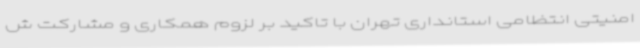
امنیتی انتظامی استانداری تهران با تاکید بر لزوم همکاری و مشارکت ش